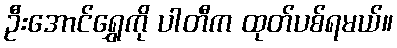
ဦးအောင်ရွှေကို ပါတီက ထုတ်ပစ်ရမယ်။